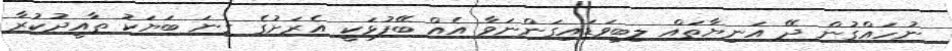
ނުހައްގުން ދޭ އަނިޔާތައް ލިބިވަޑައިގަންނަވާ އެއް ބޭފުޅަކީ އެރަށުގެ ގިނަ ބަޔަކު ތާއީދުކުރާ